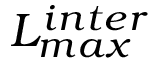
L _ { m a x } ^ { i n t e r }